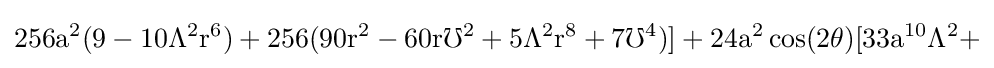
{\rm {256a^{2}(9-10\Lambda ^{2}r^{6})+256(90r^{2}-60r\mho ^{2}+5\Lambda ^{2}r^{8}+7\mho ^{4})]+24a^{2}\cos(2\theta )[33a^{10}\Lambda ^{2}+}}